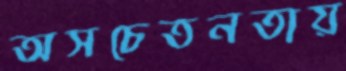
অসচেতনতায়